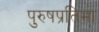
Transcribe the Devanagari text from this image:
पुरुषप्रतिमा